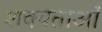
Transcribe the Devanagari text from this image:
शक्यताओं